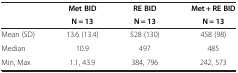
| <ROWSPAN=2>  | Met BID | RE BID | Met + RE BID |
 | N = 13 | N = 13 | N = 13 |
 | --- | --- | --- | --- |
 | Mean (SD) | 13.6 (13.4) | 528 (130) | 458 (98) |
 | Median | 10.9 | 497 | 485 |
 | Min, Max | 1.1, 43.9 | 384, 796 | 242, 573 |